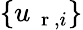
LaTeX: \{ u_{\mathrm{~\mathbf~r~},i}\}